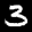
Label: 3